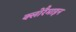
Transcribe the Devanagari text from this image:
क्लोरैमाइन